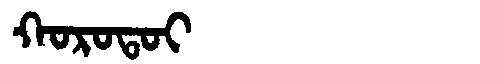
Manchu: ᡴᠣᡵᠣᡨᠣᡳ
Romanization: KOROTOI